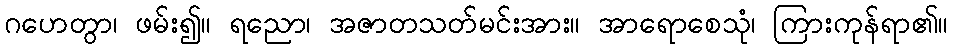
ဂဟေတွာ၊ ဖမ်း၍။ ရညော၊ အဇာတသတ်မင်းအား။ အာရောစေသုံ၊ ကြားကုန်ရာ၏။